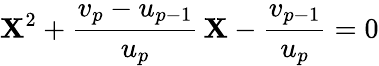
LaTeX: \mathbf{X}^{2}+\frac{{v_{p}-u_{p-1}}}{{u_{p}}}\, \mathbf{X}-\frac{{v_{p-1}}}{{u_{p}}}=0